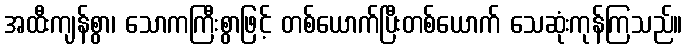
အထီးကျန်စွာ၊ သောကကြီးစွာဖြင့် တစ်ယောက်ပြီးတစ်ယောက် သေဆုံးကုန်ကြသည်။